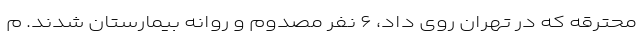
محترقه که در تهران روی داد، ۶ نفر مصدوم و روانه بیمارستان شدند. م